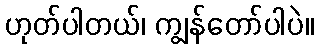
ဟုတ်ပါတယ်၊ ကျွန်တော်ပါပဲ။